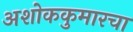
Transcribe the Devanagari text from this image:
अशोककुमारचा